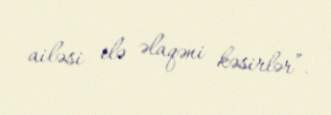
ailəsi ilə əlaqəni kəsirlər”.